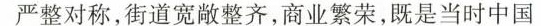
严整对称，街道宽敞整齐，商业繁荣，既是当时中国